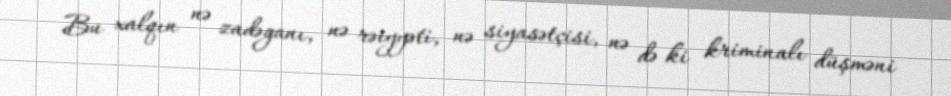
Bu xalqın nə zadəganı, nə rəiyyəti, nə siyasətçisi, nə də ki kriminalı düşməni